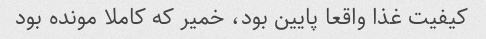
کیفیت غذا واقعا پایین بود، خمیر که کاملا مونده بود